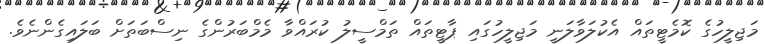
މަޖިލީހުގެ ކޮމެޓީތައް އެކުލަވާލަނީ މަޖިލީހުގައި ޕާޓީތައް ތަމްސީލު ކުރައްވާ މެމްބަރުންގެ ނިސްބަތަށް ބަލައިގެންނެވެ.